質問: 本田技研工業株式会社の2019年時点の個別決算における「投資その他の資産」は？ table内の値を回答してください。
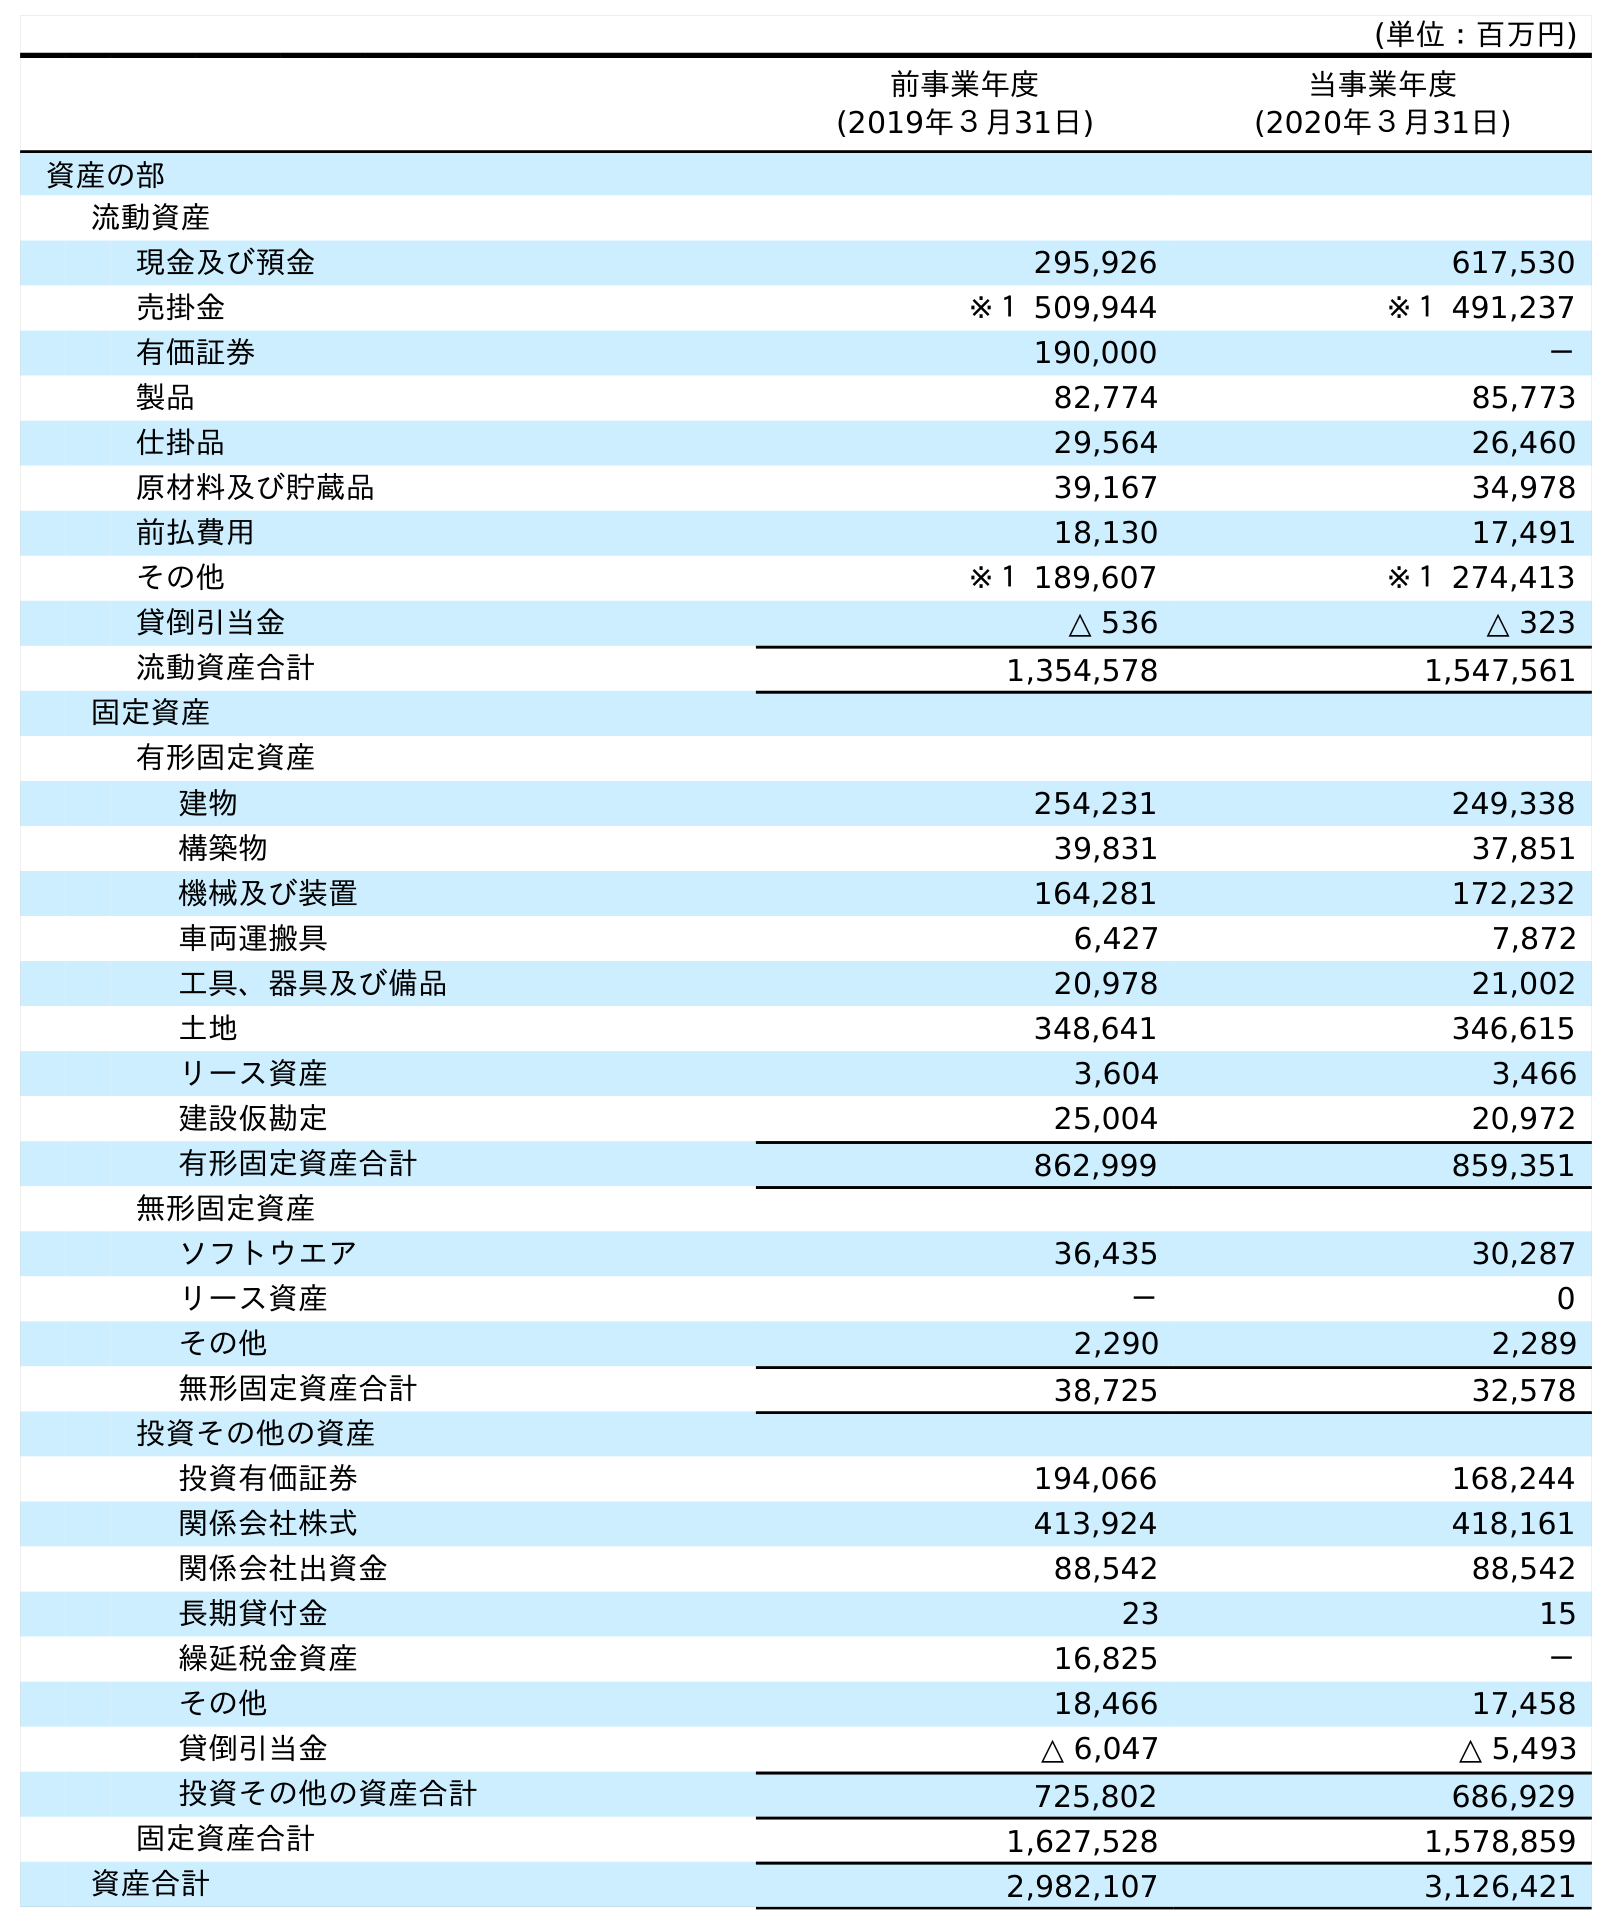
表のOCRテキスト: (単位：百万円) 前事業年度 (2019年３月31日) 当事業年度 (2020年３月31日) 資産の部 流動資産 現金及び預金 295,926 617,530 売掛金 ※１ 509,944 ※１ 491,237 有価証券 190,000 － 製品 82,774 85,773 仕掛品 29,564 26,460 原材料及び貯蔵品 39,167 34,978 前払費用 18,130 17,491 その他 ※１ 189,607 ※１ 274,413 貸倒引当金 △ 536 △ 323 流動資産合計 1,354,578 1,547,561 固定資産 有形固定資産 建物 254,231 249,338 構築物 39,831 37,851 機械及び装置 164,281 172,232 車両運搬具 6,427 7,872 工具、器具及び備品 20,978 21,002 土地 348,641 346,615 リース資産 3,604 3,466 建設仮勘定 25,004 20,972 有形固定資産合計 862,999 859,351 無形固定資産 ソフトウエア 36,435 30,287 リース資産 － 0 その他 2,290 2,289 無形固定資産合計 38,725 32,578 投資その他の資産 投資有価証券 194,066 168,244 関係会社株式 413,924 418,161 関係会社出資金 88,542 88,542 長期貸付金 23 15 繰延税金資産 16,825 － その他 18,466 17,458 貸倒引当金 △ 6,047 △ 5,493 投資その他の資産合計 725,802 686,929 固定資産合計 1,627,528 1,578,859 資産合計 2,982,107 3,126,421
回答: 725,802